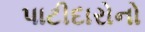
પાટીદારોનો